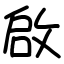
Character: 啟